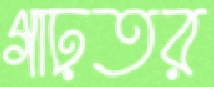
গাঢ়তর